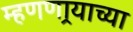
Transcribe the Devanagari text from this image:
म्हणणार्‍याच्या